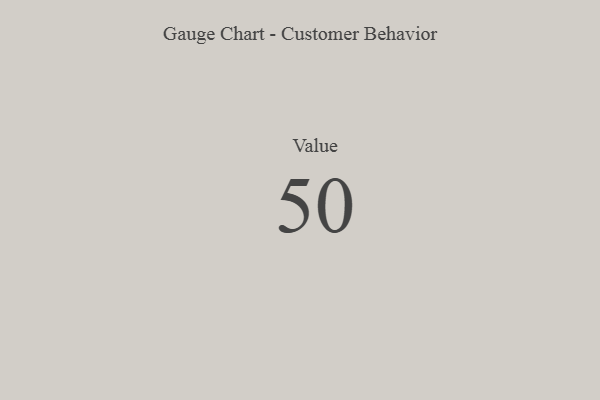
{"axis": {"x": "Metric", "y": "Value"}, "legend": [""], "data": [{"x": "Value", "y": 50, "type": ""}]}